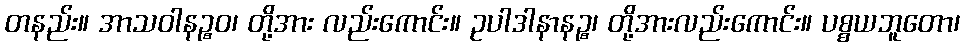
တနည်း။ အာသဝါနဉ္စဝ၊ တို့အား လည်းကောင်း။ ဥပါဒါနာနဉ္စ၊ တို့အားလည်းကောင်း။ ပစ္စယဘူတော၊